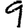
Digit: 9